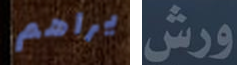
يراهم ورش